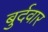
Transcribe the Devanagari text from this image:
बुर्दवार